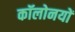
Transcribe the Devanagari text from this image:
कॉलोनयों